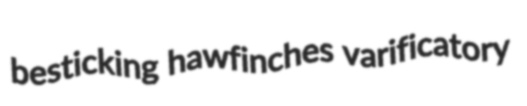
besticking hawfinches varificatory